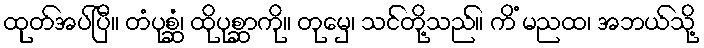
ထုတ်အပ်ပြီ။ တံပုစ္ဆံ၊ ထိုပုစ္ဆာကို။ တုမှေ၊ သင်တို့သည်။ ကိံ မညထ၊ အဘယ်သို့